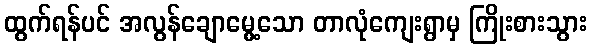
ထွက်ရန်ပင် အလွန်ချောမွေ့သော တာလုံကျေးရွာမှ ကြိုးစားသွား